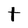
Character: t